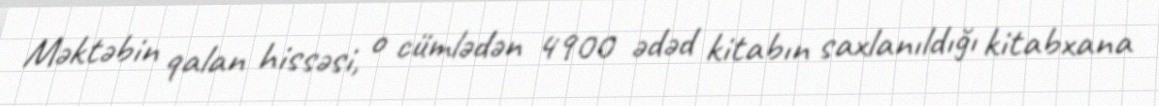
Məktəbin qalan hissəsi, o cümlədən 4900 ədəd kitabın saxlanıldığı kitabxana